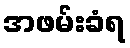
အဖမ်းခံရ